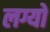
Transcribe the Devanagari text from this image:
लग्यों